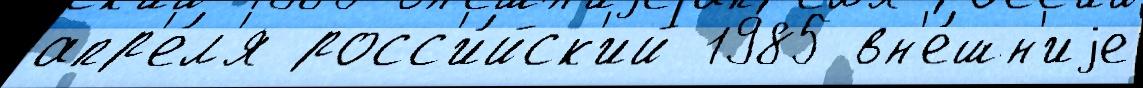
апр'е́л'я росс'и́йск'ий 1985 вн'е́шн'иjе